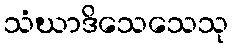
သံဃာဒိသေသေသု